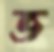
ভ